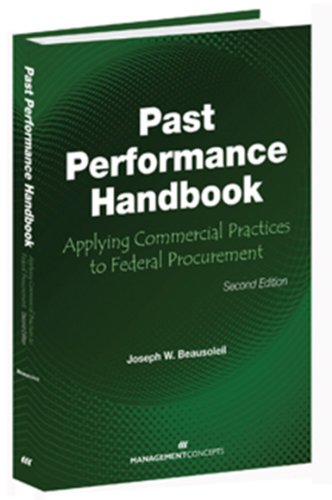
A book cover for Past Performance Handbook: Applying Commercial Practices to Federal Procurement, Second Edition; Joseph W. Beausoleil; Law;